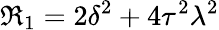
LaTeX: \Re_{1}=2\delta^{2}+4\tau^{2}\lambda^{2}